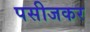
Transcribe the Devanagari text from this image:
पसीजकर